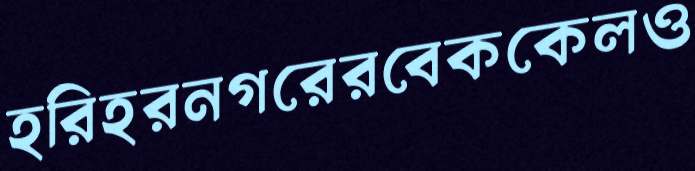
হরিহরনগরেরবেককেলও